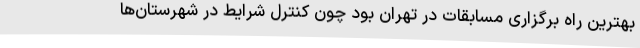
بهترین راه برگزاری مسابقات در تهران بود چون کنترل شرایط در شهرستان‌ها